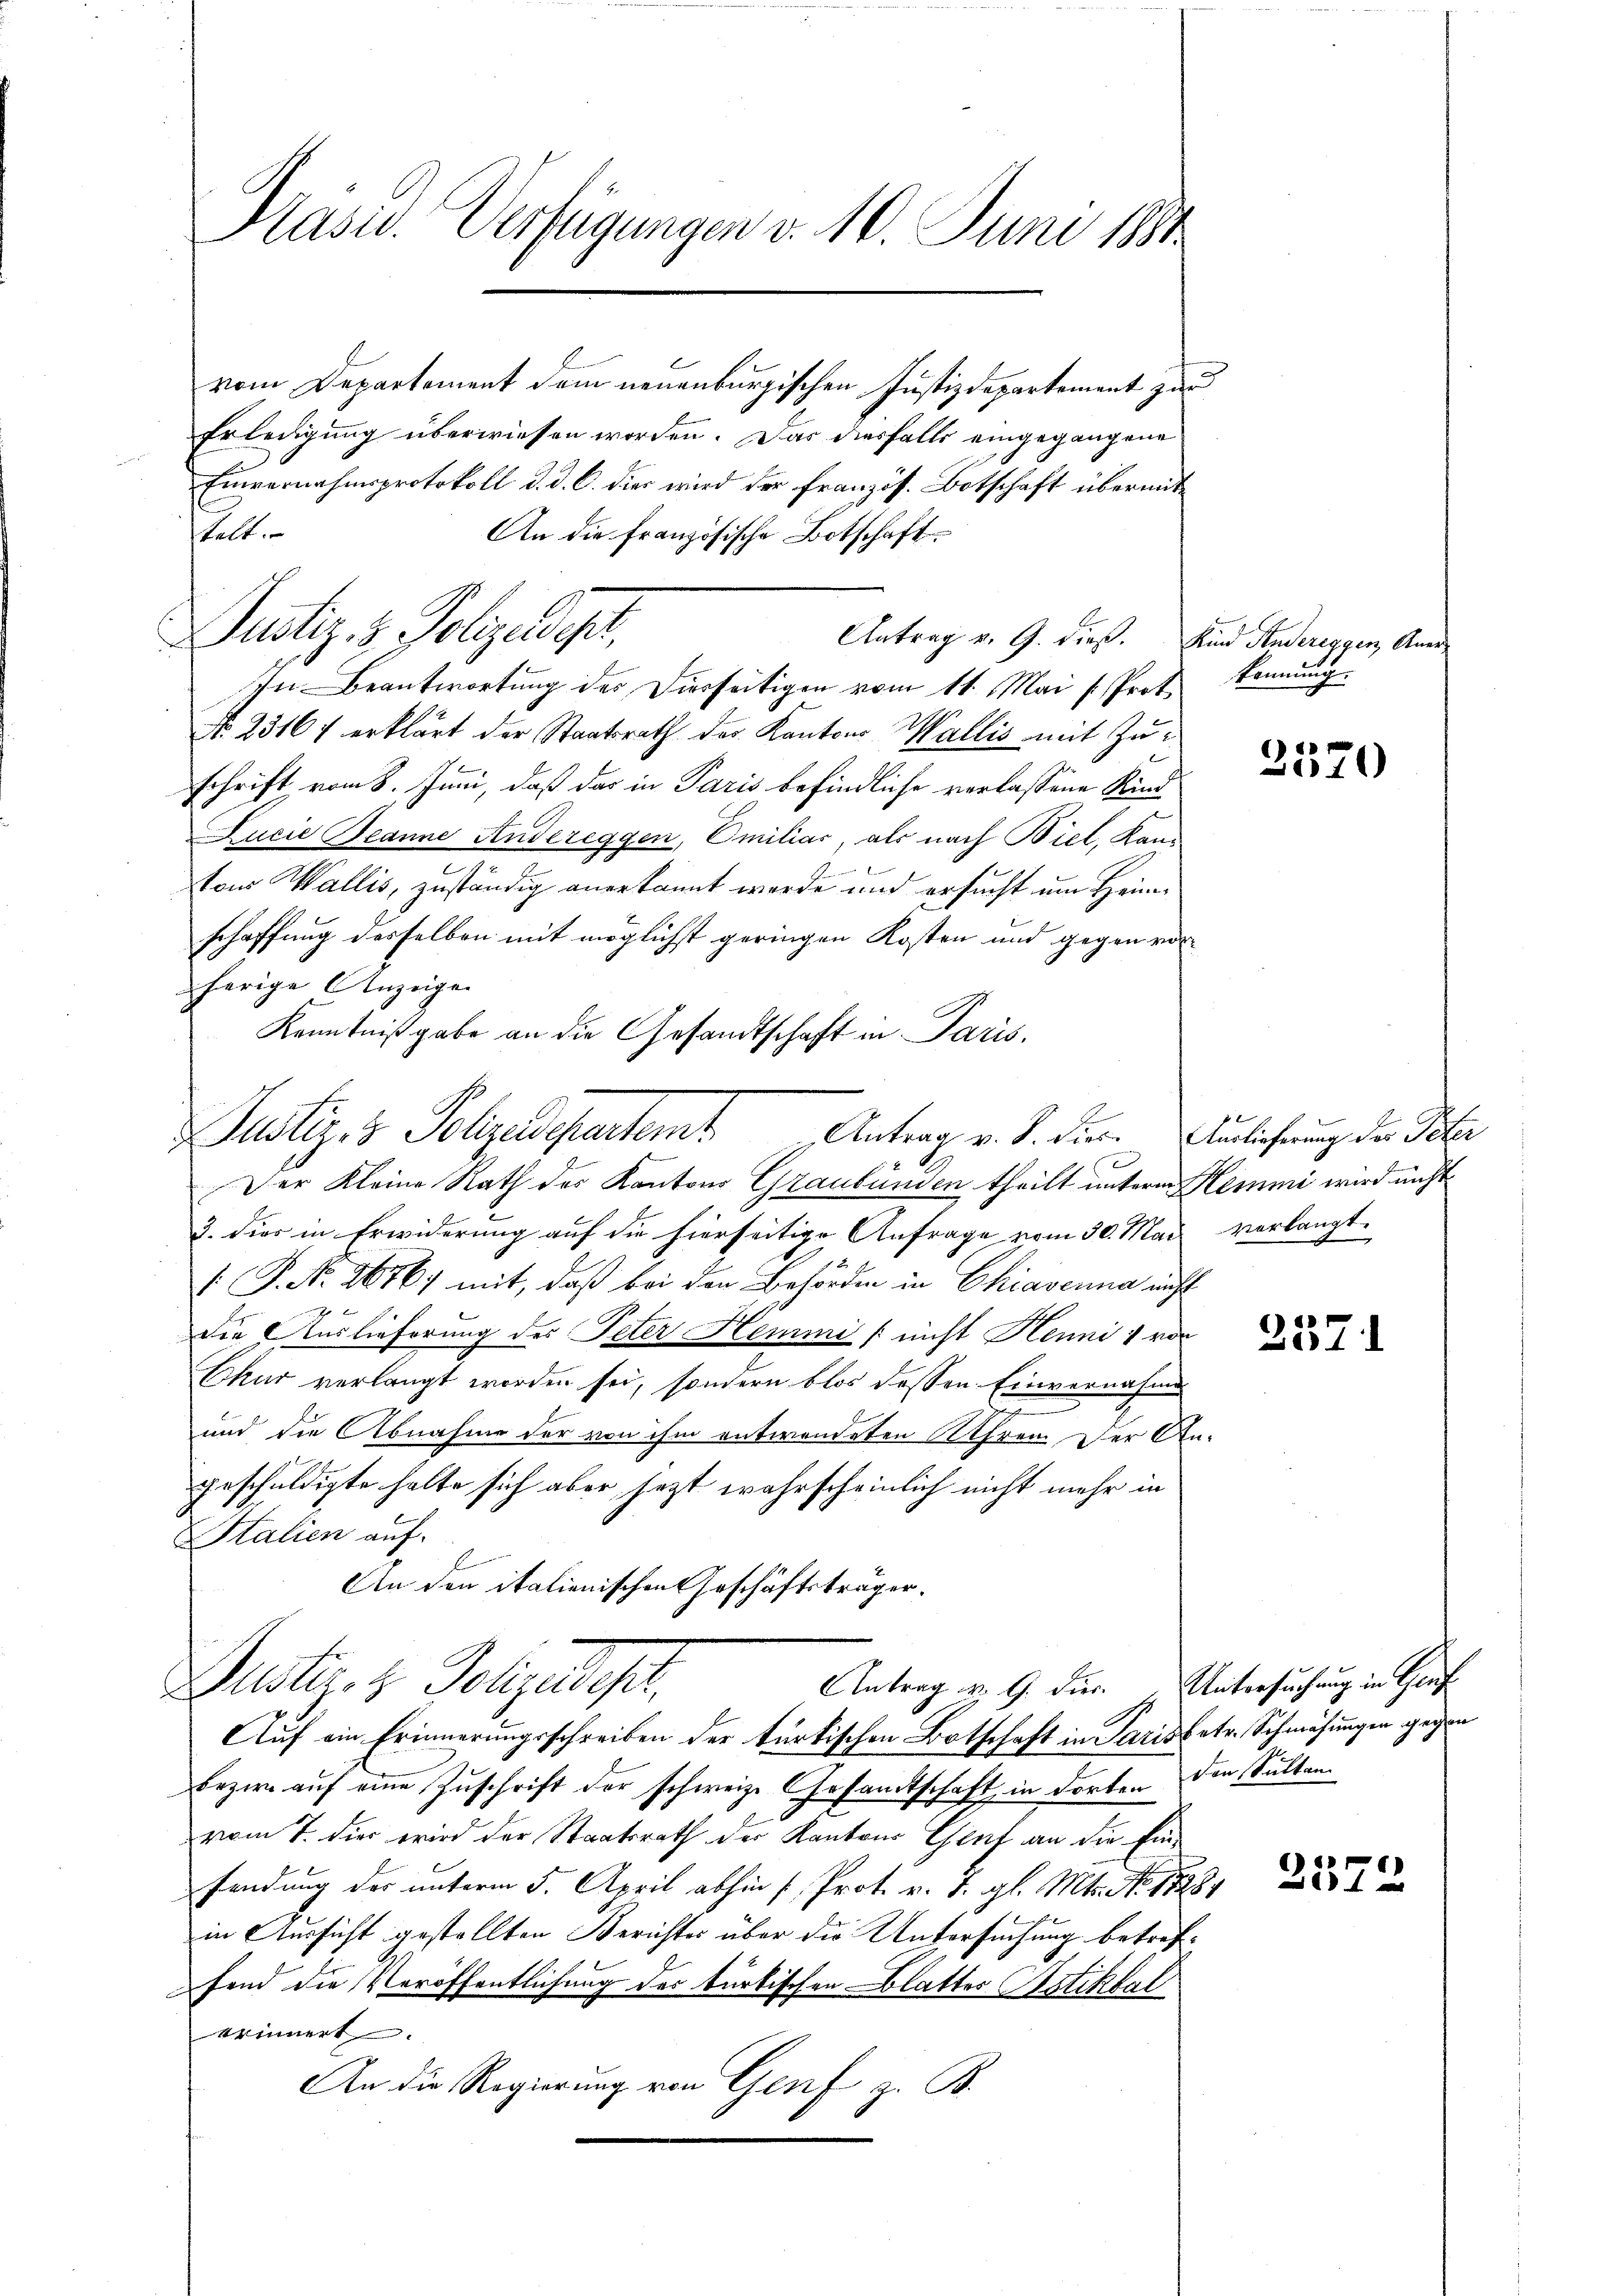
Präsid. Verfügungen v. 10. Juni 184

vom Departement dem neuenburgischen Justizdepartement zur
Erledigung überwiesen worden. Das diesfalls eingegangene
Einvernahmsprotokoll d. d. G. dies wird der französ. Botschaft übermittelt.
An die Französische Botschaft
In Beantwortung des Dierseitigen vom 11. Mai [Prot
No. 2316 f erklärt der Staatsrath des Kantons Wallis mit Zuschrift vom 8. Juni, daß das in Paris befindliche verlassene Kind
Lucie Beanne Andereggen, Emiliar, als nach Biel, Kan
Ehren und be
ton Wallis, zuständig anerkannt werde und ersucht um Heimschaffung desselben mit möglichst geringen Kosten und gegen vorherige Anzeigen
Kenntnißgabe an die Gesandtschaft in Paris.

Justiz- & Polizelegt,
Antrag v. G. dieß. Kind Andereggen Aner¬

Justiz- & Polizedepartem Antrag v. S. die Auslicherung der Peter

kennung.

Der Kleine Rath des Kantons Graubünden theilt unterm Hemmi wird nicht
3. dies in Erwiderung auf die hierseitige Anfrage vom 30. Mai verlangt.
: P. Nr. 26767 mit, daß bei den Behörden in Chiaverna nicht
die Auslieferung der Peter Hemmi / nicht Hennii von
Ekur verlangt worden sei, sondern blos dessen Einvernahme
und die Abnahme der von ihm entwendeten Ehren. Der An-
geschuldigte halte sich aber jezt wahrscheinlich nicht mehr in
Italien auf
An den italienischen Geschäftsträger.
Justi. z. Polizedel,
Antrag u. G. Für Untersuchung in Graf
Auf ein Erinnerungsschreiben der türkischen Botschaft in Paris betr. Schmähungen gegen
bezire auf eine Zuschrift der schweiz. Gesandtschaft, in dorten den Sultanvom 7. die wird der Staatsrath der Kantons Genf an die Einsendung der unterm 5. April abhin 1. Prot. v. 7. gl. Mts. 18
in Aussicht gestellten Berichtes über die Untersuchung betreffend die Veröffentlichung des türkischen Blatter Batikfal
erinnert.
An die Regierung von Genf z. B.

J

2570

2571

2572